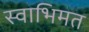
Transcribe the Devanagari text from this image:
स्वाभिमत